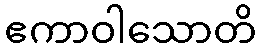
ဧကာဝါသောတိ